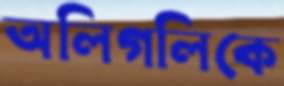
অলিগলিকে